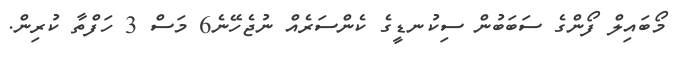
މޯބައިލް ފޯންގެ ސަބަބުން ސިކުނޑީގެ ކެންސަރެއް ނުޖެހޭނެ6 މަސް 3 ހަފްތާ ކުރިން.